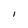
Character: l